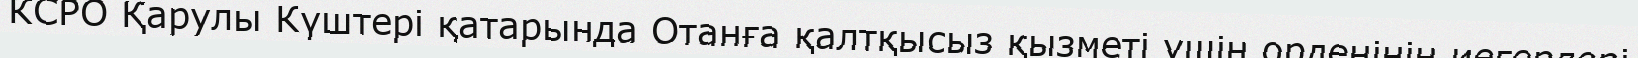
КСРО Қарулы Күштері қатарында Отанға қалтқысыз қызметі үшін орденінің иегерлері